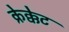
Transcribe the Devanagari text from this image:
क्रेक्केट